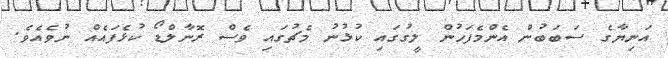
އަނިޔާގެ ސަބަބުން އެންމެފަހުން ލީގުގައި ކުޅުނު މެޗުގައި ވެސް ރޮނާލްޑޯ ކުޅެފައެއް ނުވެއެވެ.